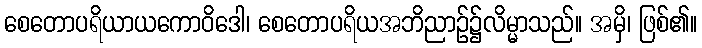
စေတောပရိယာယကောဝိဒေါ၊ စေတောပရိယအဘိညာဉ်၌လိမ္မာသည်။ အမှိ၊ ဖြစ်၏။